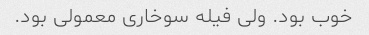
خوب بود. ولی فیله سوخاری معمولی بود.